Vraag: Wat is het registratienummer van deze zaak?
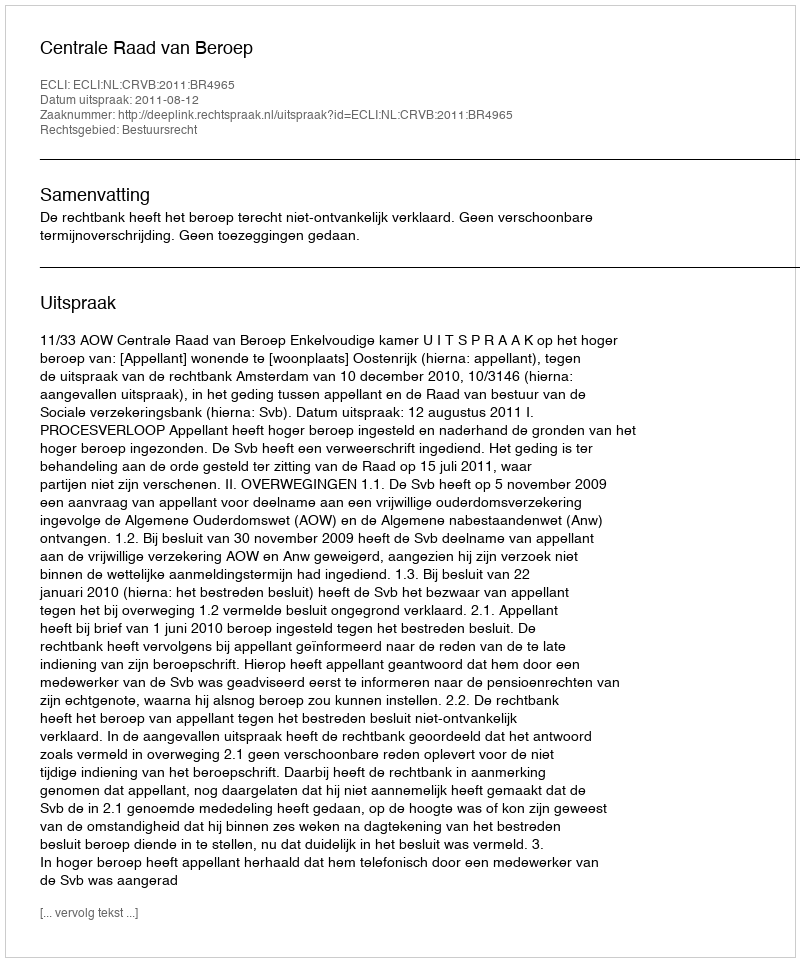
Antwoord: http://deeplink.rechtspraak.nl/uitspraak?id=ECLI:NL:CRVB:2011:BR4965